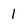
Character: 1